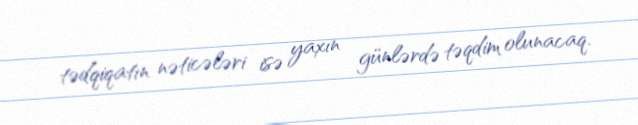
tədqiqatın nəticələri isə yaxın günlərdə təqdim olunacaq.